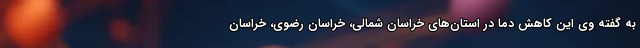
به گفته وی این کاهش دما در استان‌های خراسان شمالی، خراسان رضوی، خراسان